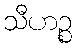
သီဟဉ္စ